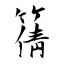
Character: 篟